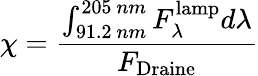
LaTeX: \chi=\frac{\int_{91.2~nm}^{205~nm}F_{\lambda}^{\mathrm{lamp}}d\lambda}{F_{\mathrm{Draine}}}